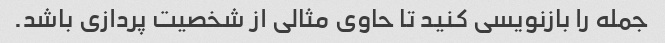
جمله را بازنویسی کنید تا حاوی مثالی از شخصیت پردازی باشد.